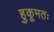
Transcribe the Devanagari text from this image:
हुकूमतः